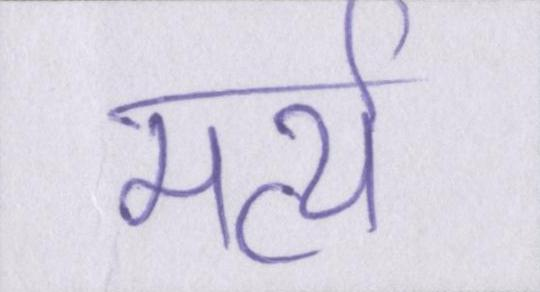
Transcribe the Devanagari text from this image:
मर्त्य